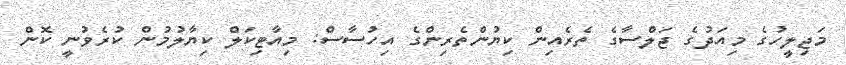
މަޖިލީހުގެ މިއަދުގެ ޖަލްސާގެ ތެރެއިން ކިޔުންތެރިންގެ އިހުސާސް: މިއާޓިކަލް ކިޔާލުމުން ކުރެވުނީ ކޮން